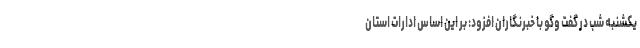
یکشنبه شب در گفت وگو با خبرنگاران افزود: بر این اساس ادارات استان